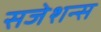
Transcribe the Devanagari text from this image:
सजेशन्स